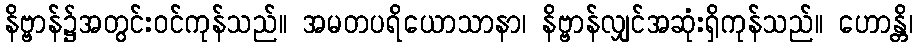
နိဗ္ဗာန်၌အတွင်းဝင်ကုန်သည်။ အမတပရိယောသာနာ၊ နိဗ္ဗာန်လျှင်အဆုံးရှိကုန်သည်။ ဟောန္တိ၊